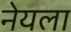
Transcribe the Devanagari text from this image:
नेयला